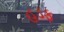
હડફ